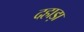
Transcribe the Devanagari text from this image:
दहाड़ा